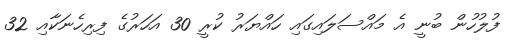
ފުލުހުން ބުނީ އެ މައްސަލައިގައި ހައްޔަރު ކުރީ 30 އަހަރުގެ ފިރިހެނަކާއި 32